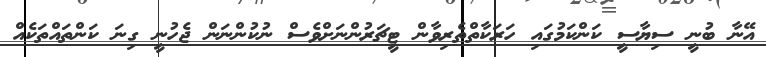
އޭނާ ބުނީ ސިޔާސީ ކަންކަމުގައި ހަރަކާތްތެރިވާން ޓީޗަރުންނަށްވެސް ނުކުންނަން ޖެހުނީ ގިނަ ކަންތައްތަކެއް